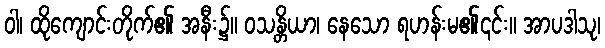
ဝါ၊ ထိုကျောင်းတိုက်၏ အနီး၌။ ဝသန္တိယာ၊ နေသော ရဟန်းမ၏၎င်း။ အာပဒါသု၊